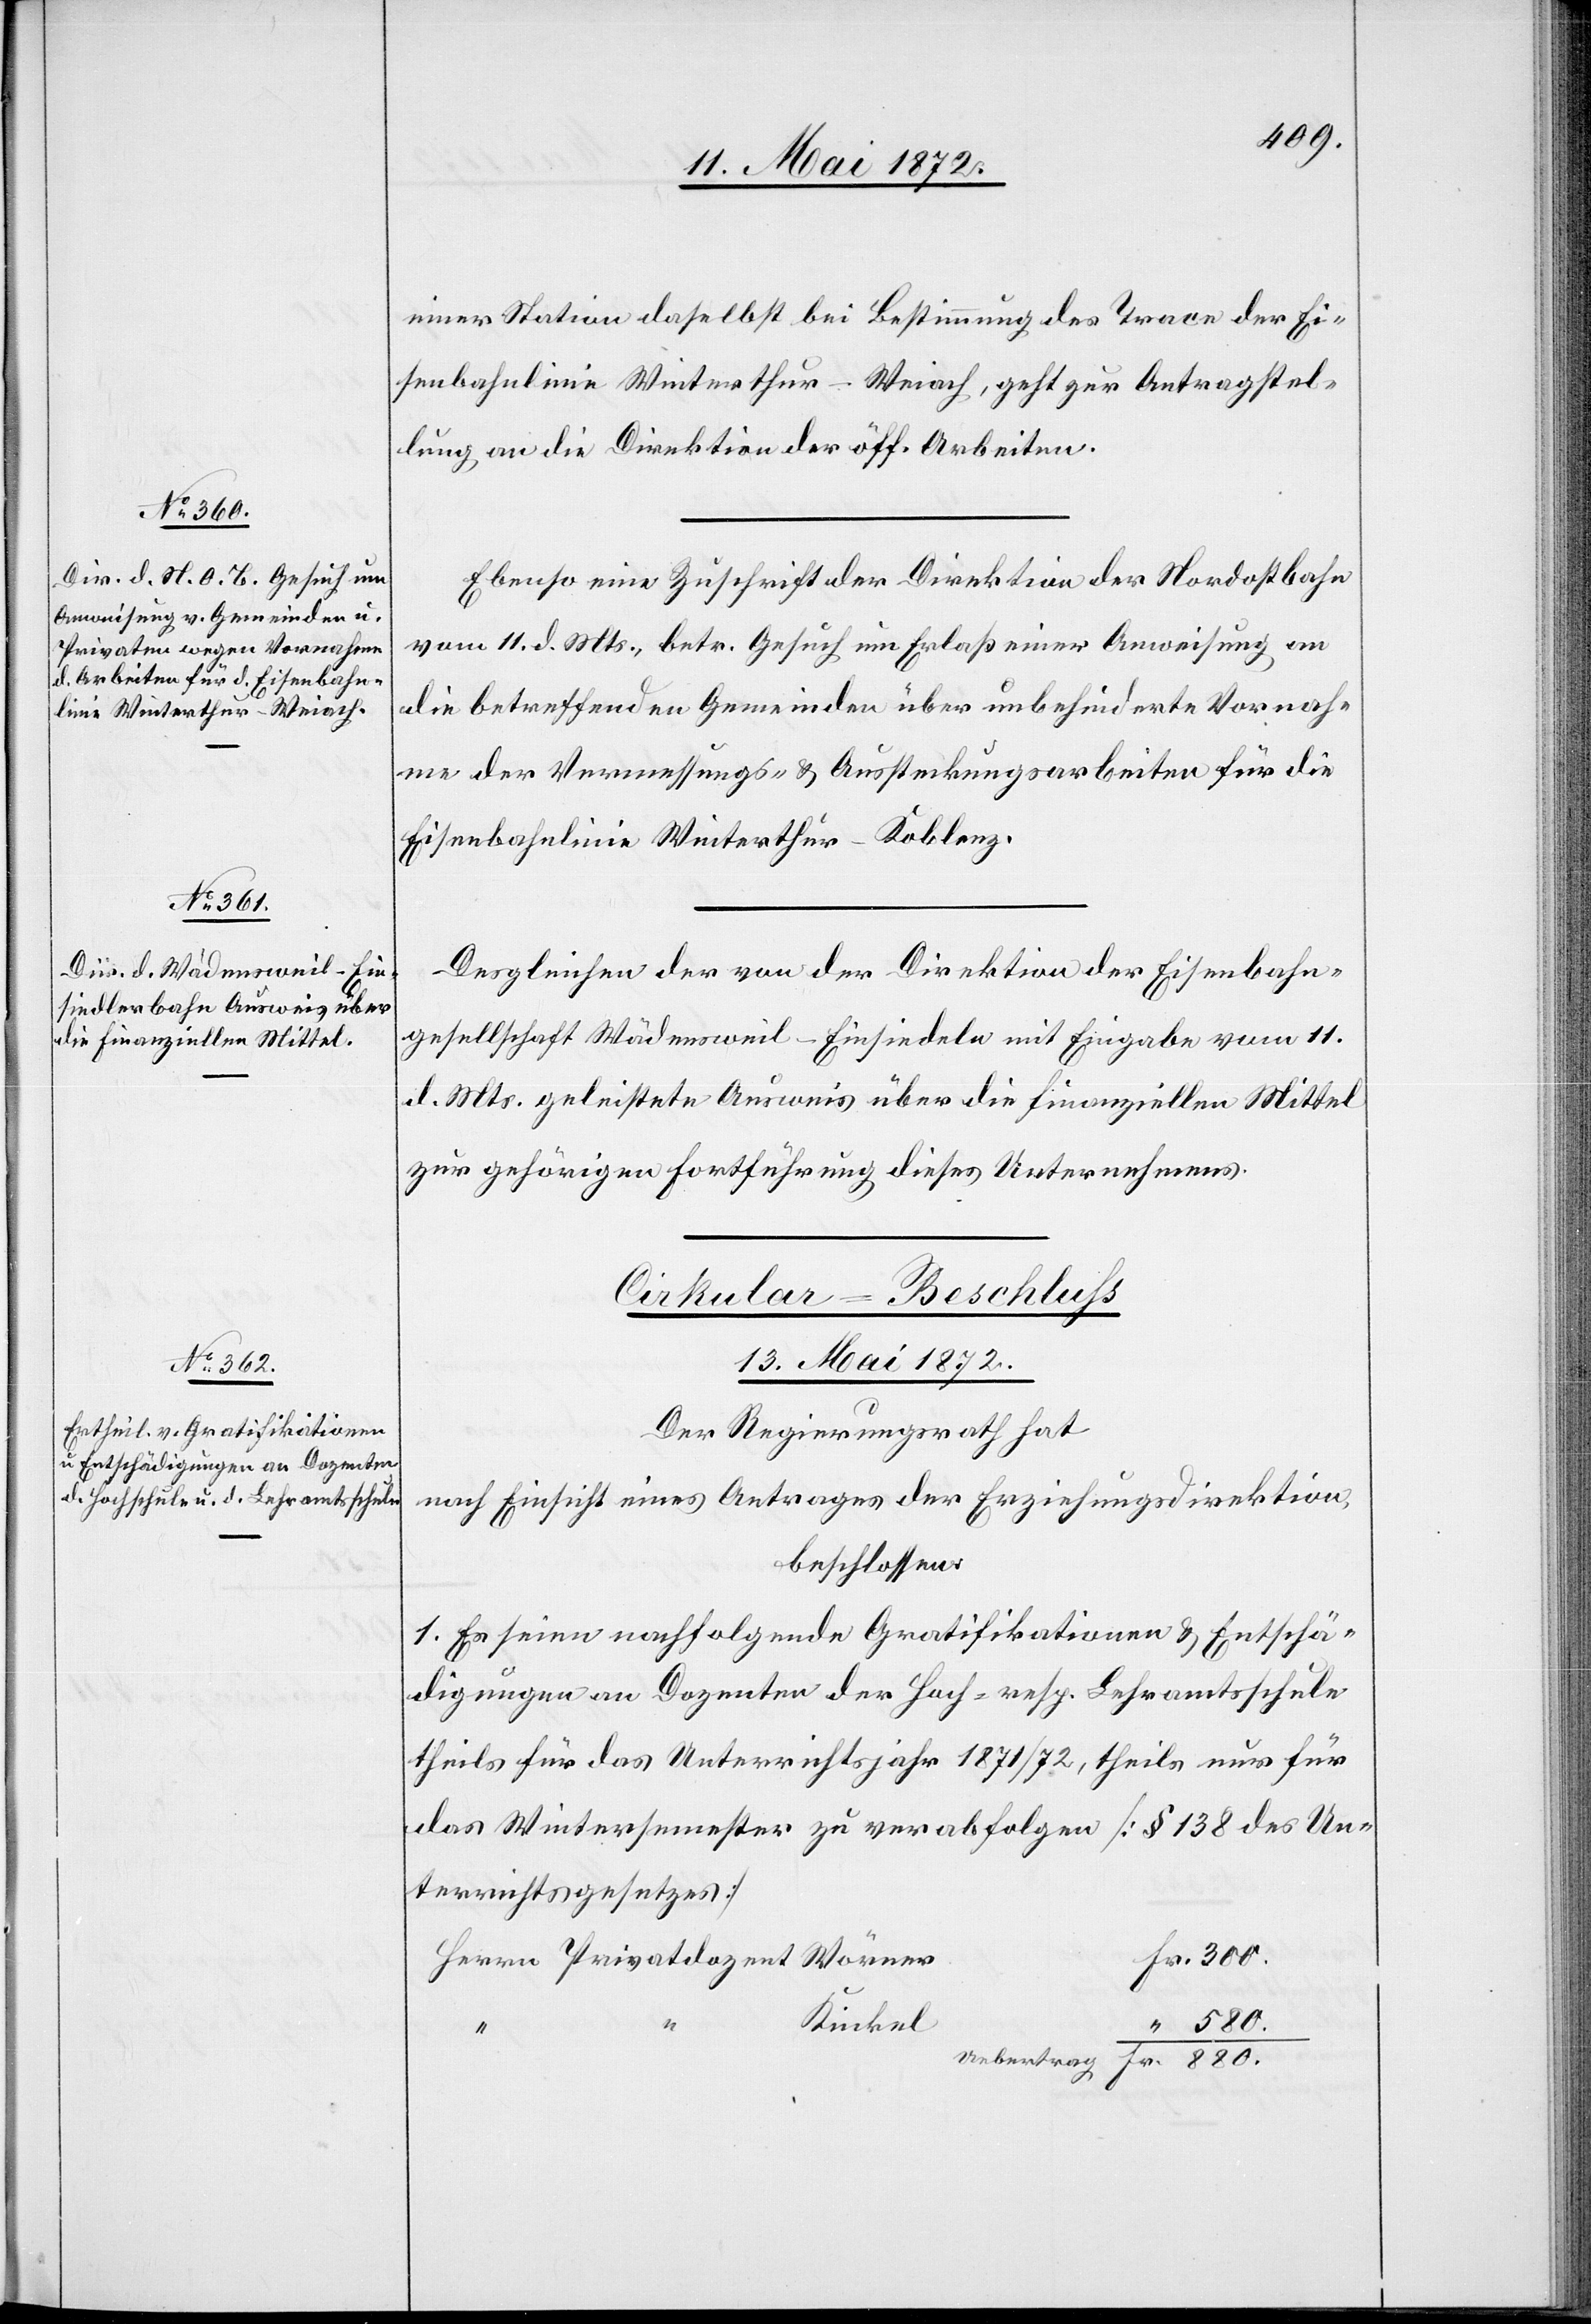
einer Station daselbst bei Bestimmung des Trace der Ei¬
senbahnlinie Winterthur–Weiach, geht zur Antragstel¬
lung an die Direktion der öff. Arbeiten.
Ebenso eine Zuschrift der Direktion der Nordostbahn
vom 11. d. Mts., betr. Gesuch um Erlaß einer Anweisung an
die betreffenden Gemeinden über unbehinderte Vornah¬
me der Vermessungs- u. Aussteckungsarbeiten für die
Eisenbahnlinie Winterthur–Koblenz.
Desgleichen der von der Direktion der Eisenbahn¬
gesellschaft Wädensweil–Einsiedeln mit Eingabe vom 11.
d. Mts. geleistete Ausweis über die finanziellen Mittel
zur gehörigen Fortführung dieses Unternehmens.
Cirkular-Beschluß
13. Mai 1872.
Der Regierungsrath hat
nach Einsicht eines Antrages der Erziehungsdirektion,
beschlossen:
1. Es seien nachfolgende Gratifikationen u. Entschä¬
digungen an Dozenten der Hoch- resp. Lehramtsschule
theils für das Unterrichtsjahr 1871/72, theils nur für
das Wintersemester zu verabfolgen [§ 138 des Un¬
terrichtsgesetzes]
Kinkel